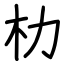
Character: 朸